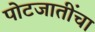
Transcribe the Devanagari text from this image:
पोटजातींचा